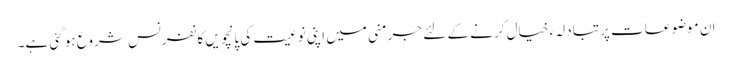
ان موضوعات پر تبادلہء خیال کرنے کے لئے جرمنی میں اپنی نوعیت کی پانچویں کانفرنس شروع ہو گئی ہے۔